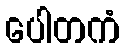
ပေါတကံ